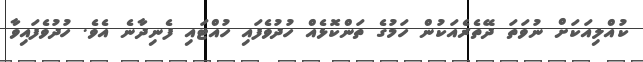
ކުއްލިއަކަށް ނުވަތަ ދޭތެރެއަކުން ހަމުގެ ތަންކޮޅެއް ހުދުވެފައި ހުއްޓައި ފެނިދާނެ އެވެ. ހުދުވެފައިވާ